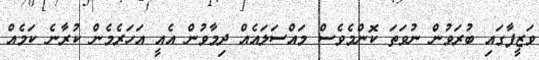
ވަޒީފާގައި ބުރަވުން ނުވަތަ ކޮންމެވެސް މައްސަލައެއް ދިމާވުން އެއީ އަހަރެމެން ކުރާނެ ކަމެއް